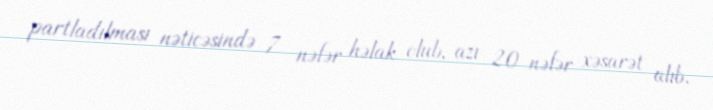
partladılması nəticəsində 7 nəfər həlak olub, azı 20 nəfər xəsarət alıb.